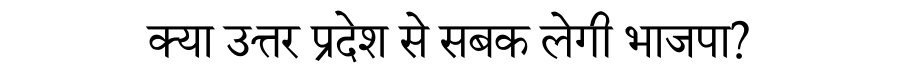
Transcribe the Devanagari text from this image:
क्या उत्तर प्रदेश से सबक लेगी भाजपा?